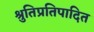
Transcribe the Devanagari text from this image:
श्रुतिप्रतिपादित